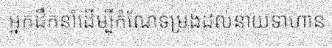
អ្នកដឹកនាំដើម្បីកំណែទម្រង់ដល់នាយទាហាន